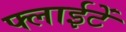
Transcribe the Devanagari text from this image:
फ्लाईटें